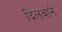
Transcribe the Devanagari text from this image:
दिलवानें